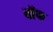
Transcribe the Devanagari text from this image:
बाॅफ